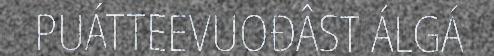
PUÁTTEEVUOĐÂST ÁLGÁ